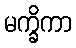
မက္ခိကာ